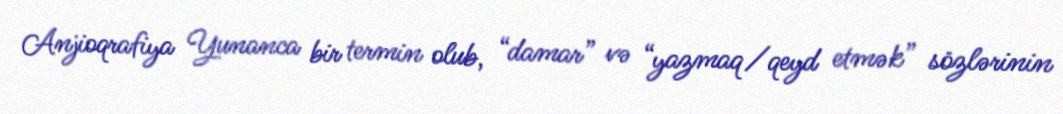
Anjioqrafiya Yunanca bir termin olub, “damar” və “yazmaq/qeyd etmək” sözlərinin